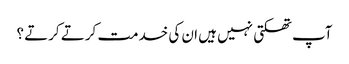
آپ تھکتی نہیں ہیں ان کی خدمت کرتے کرتے ؟